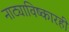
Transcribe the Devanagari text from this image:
नाट्याविष्कारही